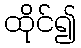
ထိုင်၍